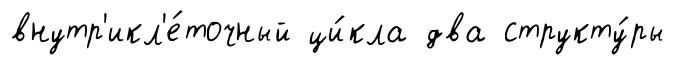
внутр'икл'е́точный ци́кла два структу́ры